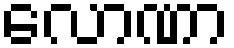
လောဏာ